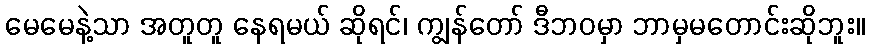
မေမေနဲ့သာ အတူတူ နေရမယ် ဆိုရင်၊ ကျွန်တော် ဒီဘဝမှာ ဘာမှမတောင်းဆိုဘူး။